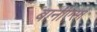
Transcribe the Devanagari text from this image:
बानीएसा